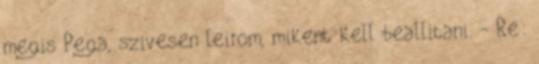
megis Pega, szivesen leirom, mikent kell beallitani. - Re: